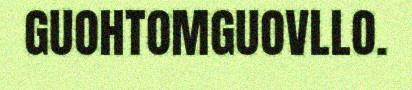
GUOHTOMGUOVLLO.